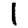
Digit: 1